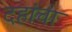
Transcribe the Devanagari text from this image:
दहांचा